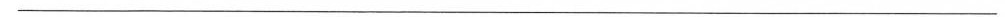
___